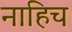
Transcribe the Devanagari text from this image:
नाहिच